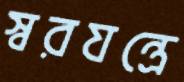
স্বরযন্ত্রে